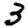
Digit: 3